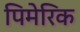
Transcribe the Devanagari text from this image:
पिमेरिक